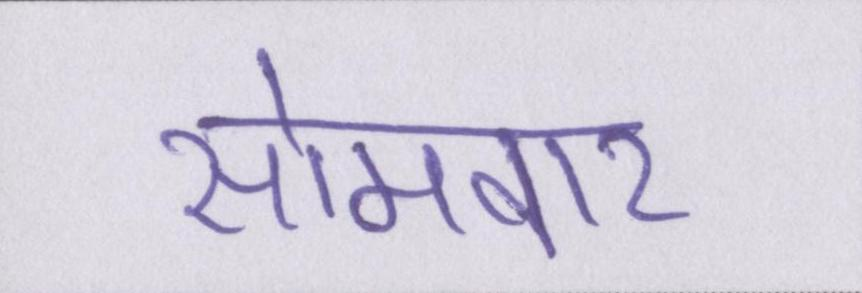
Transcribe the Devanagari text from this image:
सोमवार